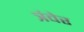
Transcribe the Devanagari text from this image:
त्रंवेर